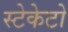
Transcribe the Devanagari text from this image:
स्टेकेटो